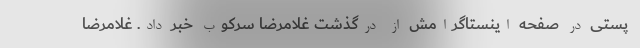
پستی در صفحه اینستاگرامش از درگذشت غلامرضا سرکوب خبر داد. غلامرضا